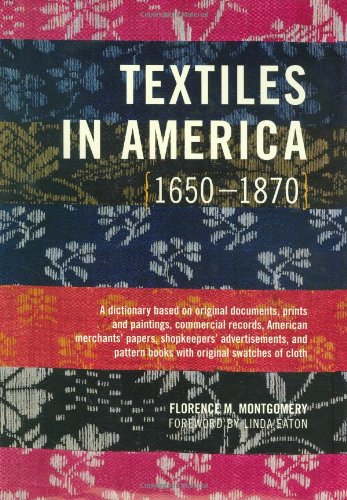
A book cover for Textiles in America, 1650-1870; Florence M. Montgomery; Crafts, Hobbies & Home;